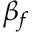
\beta _ { f }